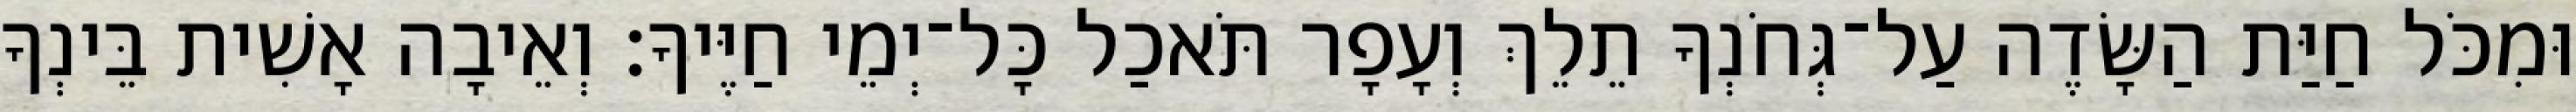
וּמִכֹּל חַיַּת הַשָּׂדֶה עַל־גְּחֹנְךָ תֵלֵךְ וְעָפָר תֹּאכַל כָּל־יְמֵי חַיֶּיךָ׃ וְאֵיבָה אָשִׁית בֵּינְךָ